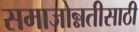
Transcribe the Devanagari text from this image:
समाजोन्नतीसाठी